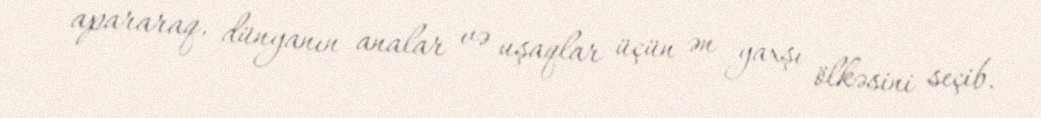
apararaq, dünyanın analar və uşaqlar üçün ən yaxşı ölkəsini seçib.